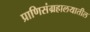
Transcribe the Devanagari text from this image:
प्राणिसंग्रहालयातील